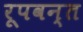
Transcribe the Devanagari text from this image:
रूपवन्त